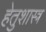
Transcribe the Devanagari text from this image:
हेतुशास्त्र